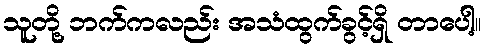
သူတို့ ဘက်ကလည်း အသံထွက်ခွင့်ရှိ တာပေါ့။